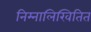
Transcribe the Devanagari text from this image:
निम्नालिखितित